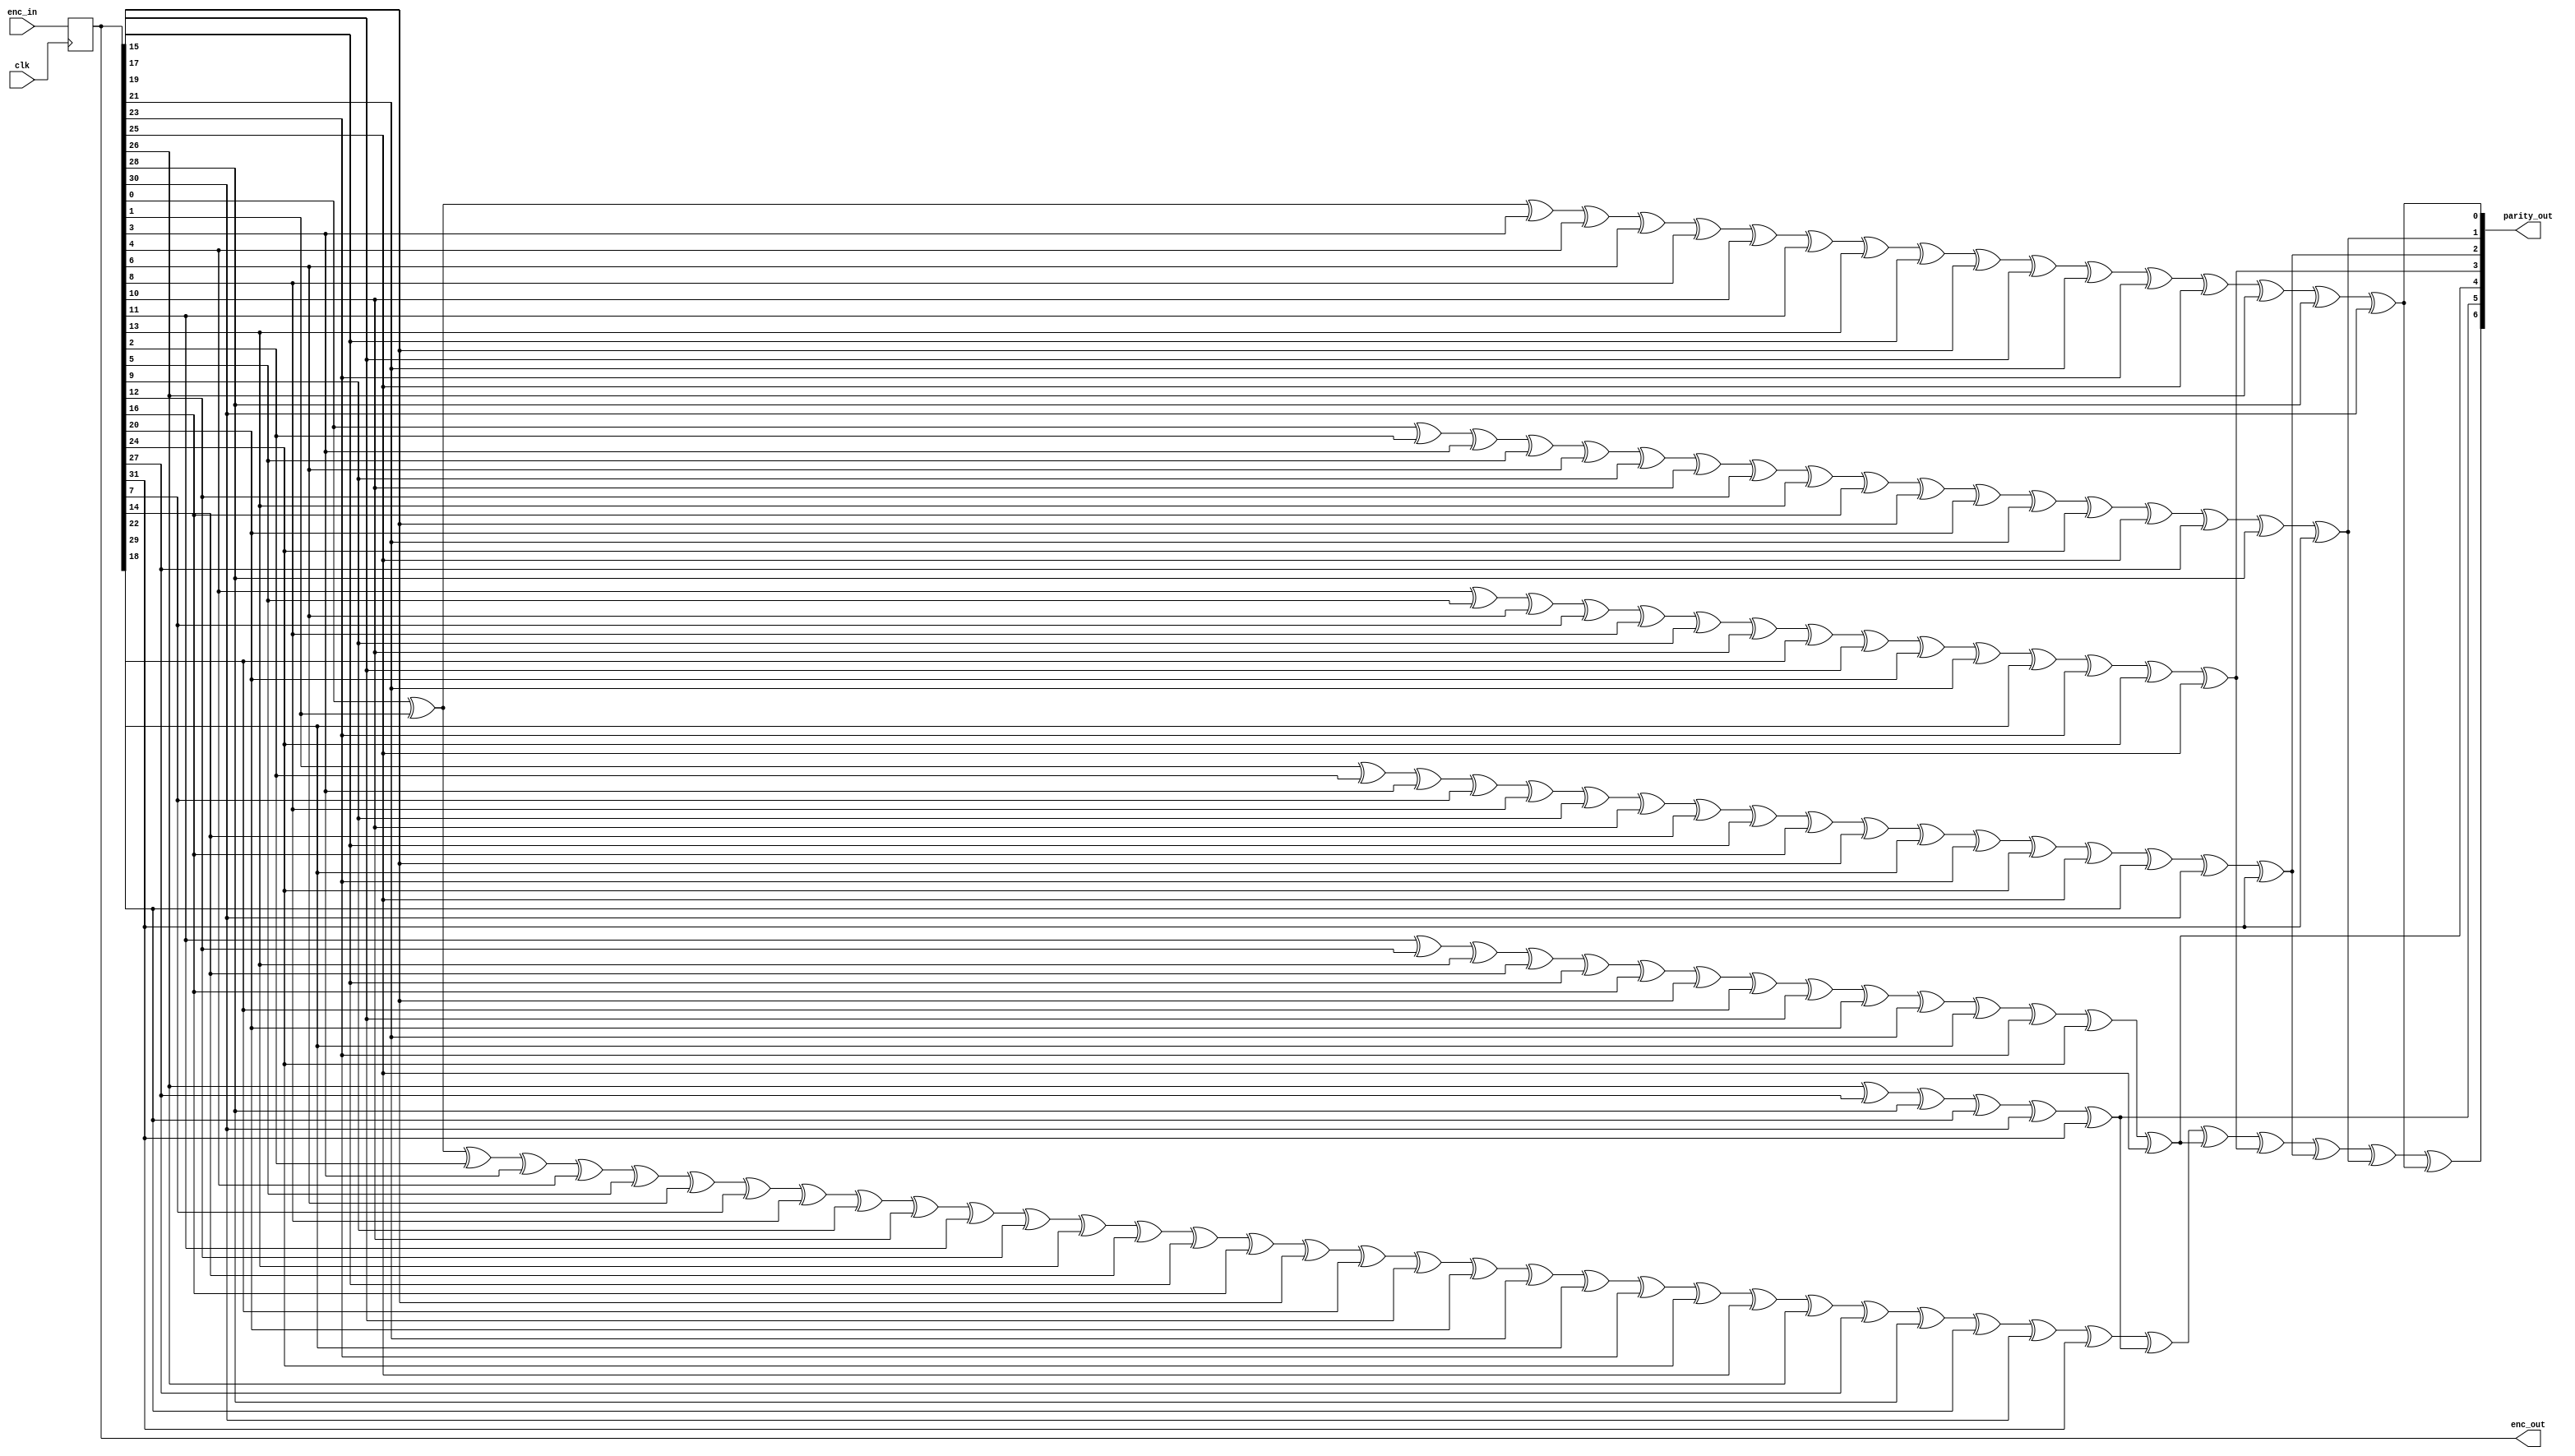
// This  Verilog HDL  source  file was  automatically generated
// by C++ model based on VPP library. Modification of this file
// is possible, but if you want to keep it in sync with the C++
// model,  please  modify  the model and re-generate this file.
// VPP library web-page: http://www.phys.ufl.edu/~madorsky/vpp/

// Timestamp : Tue Apr 19 16:44:22 2022

module ecc32_encode
(
    enc_in,
    enc_out,
    parity_out,
    clk
);

    input [31:0] enc_in;
    output [31:0] enc_out;
    reg    [31:0] enc_out;
    output [6:0] parity_out;
    input clk;

    wire [6:0] enc_chk;
    always @(posedge clk) 
    begin
        enc_out = enc_in;
    end
    assign enc_chk[0] = ((((((((((((((((enc_out[0] ^ enc_out[1]) ^ enc_out[3]) ^ enc_out[4]) ^ enc_out[6]) ^ enc_out[8]) ^ enc_out[10]) ^ enc_out[11]) ^ enc_out[13]) ^ enc_out[15]) ^ enc_out[17]) ^ enc_out[19]) ^ enc_out[21]) ^ enc_out[23]) ^ enc_out[25]) ^ enc_out[26]) ^ enc_out[28]) ^ enc_out[30];
    assign enc_chk[1] = ((((((((((((((((enc_out[0] ^ enc_out[2]) ^ enc_out[3]) ^ enc_out[5]) ^ enc_out[6]) ^ enc_out[9]) ^ enc_out[10]) ^ enc_out[12]) ^ enc_out[13]) ^ enc_out[16]) ^ enc_out[17]) ^ enc_out[20]) ^ enc_out[21]) ^ enc_out[24]) ^ enc_out[25]) ^ enc_out[27]) ^ enc_out[28]) ^ enc_out[31];
    assign enc_chk[2] = ((((((((((((((((enc_out[1] ^ enc_out[2]) ^ enc_out[3]) ^ enc_out[7]) ^ enc_out[8]) ^ enc_out[9]) ^ enc_out[10]) ^ enc_out[14]) ^ enc_out[15]) ^ enc_out[16]) ^ enc_out[17]) ^ enc_out[22]) ^ enc_out[23]) ^ enc_out[24]) ^ enc_out[25]) ^ enc_out[29]) ^ enc_out[30]) ^ enc_out[31];
    assign enc_chk[3] = (((((((((((((enc_out[4] ^ enc_out[5]) ^ enc_out[6]) ^ enc_out[7]) ^ enc_out[8]) ^ enc_out[9]) ^ enc_out[10]) ^ enc_out[18]) ^ enc_out[19]) ^ enc_out[20]) ^ enc_out[21]) ^ enc_out[22]) ^ enc_out[23]) ^ enc_out[24]) ^ enc_out[25];
    assign enc_chk[4] = (((((((((((((enc_out[11] ^ enc_out[12]) ^ enc_out[13]) ^ enc_out[14]) ^ enc_out[15]) ^ enc_out[16]) ^ enc_out[17]) ^ enc_out[18]) ^ enc_out[19]) ^ enc_out[20]) ^ enc_out[21]) ^ enc_out[22]) ^ enc_out[23]) ^ enc_out[24]) ^ enc_out[25];
    assign enc_chk[5] = ((((enc_out[26] ^ enc_out[27]) ^ enc_out[28]) ^ enc_out[29]) ^ enc_out[30]) ^ enc_out[31];
    assign enc_chk[6] = ((((((((((((((((((((((((((((((((((((enc_out[0] ^ enc_out[1]) ^ enc_out[2]) ^ enc_out[3]) ^ enc_out[4]) ^ enc_out[5]) ^ enc_out[6]) ^ enc_out[7]) ^ enc_out[8]) ^ enc_out[9]) ^ enc_out[10]) ^ enc_out[11]) ^ enc_out[12]) ^ enc_out[13]) ^ enc_out[14]) ^ enc_out[15]) ^ enc_out[16]) ^ enc_out[17]) ^ enc_out[18]) ^ enc_out[19]) ^ enc_out[20]) ^ enc_out[21]) ^ enc_out[22]) ^ enc_out[23]) ^ enc_out[24]) ^ enc_out[25]) ^ enc_out[26]) ^ enc_out[27]) ^ enc_out[28]) ^ enc_out[29]) ^ enc_out[30]) ^ enc_out[31]) ^ enc_chk[5]) ^ enc_chk[4]) ^ enc_chk[3]) ^ enc_chk[2]) ^ enc_chk[1]) ^ enc_chk[0];
    assign parity_out = enc_chk;
endmodule